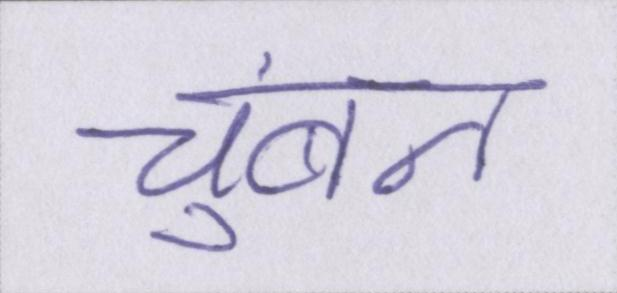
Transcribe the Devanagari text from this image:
चुंबन